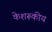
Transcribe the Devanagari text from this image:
केशरूकीय